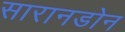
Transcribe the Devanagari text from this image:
सारानडोन